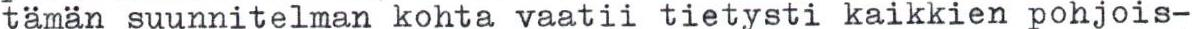
tämän suunnitelman kohta vaatii tietysti kaikkien pohjois-